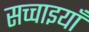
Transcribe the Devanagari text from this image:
सच्चाइयाँ